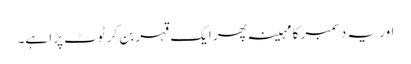
اور یہ دسمبر کا مہینہ پھر ایک قہر بن کر ٹوٹ پڑا ہے۔